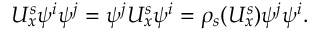
U _ { x } ^ { s } \psi ^ { i } \psi ^ { j } = \psi ^ { j } U _ { x } ^ { s } \psi ^ { i } = \rho _ { s } ( U _ { x } ^ { s } ) \psi ^ { j } \psi ^ { i } .